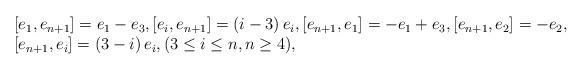
LaTeX: \begin{align*}\begin{array}{l}\displaystyle [e_1,e_{n+1}]=e_1-e_3,[e_{i},e_{n+1}]=\left(i-3\right)e_{i},[e_{n+1},e_1]=-e_1+e_3,[e_{n+1},e_{2}]=-e_2,\\\displaystyle [e_{n+1},e_i]=\left(3-i\right)e_i,(3\leq i\leq n,n\geq4),\end{array} \end{align*}